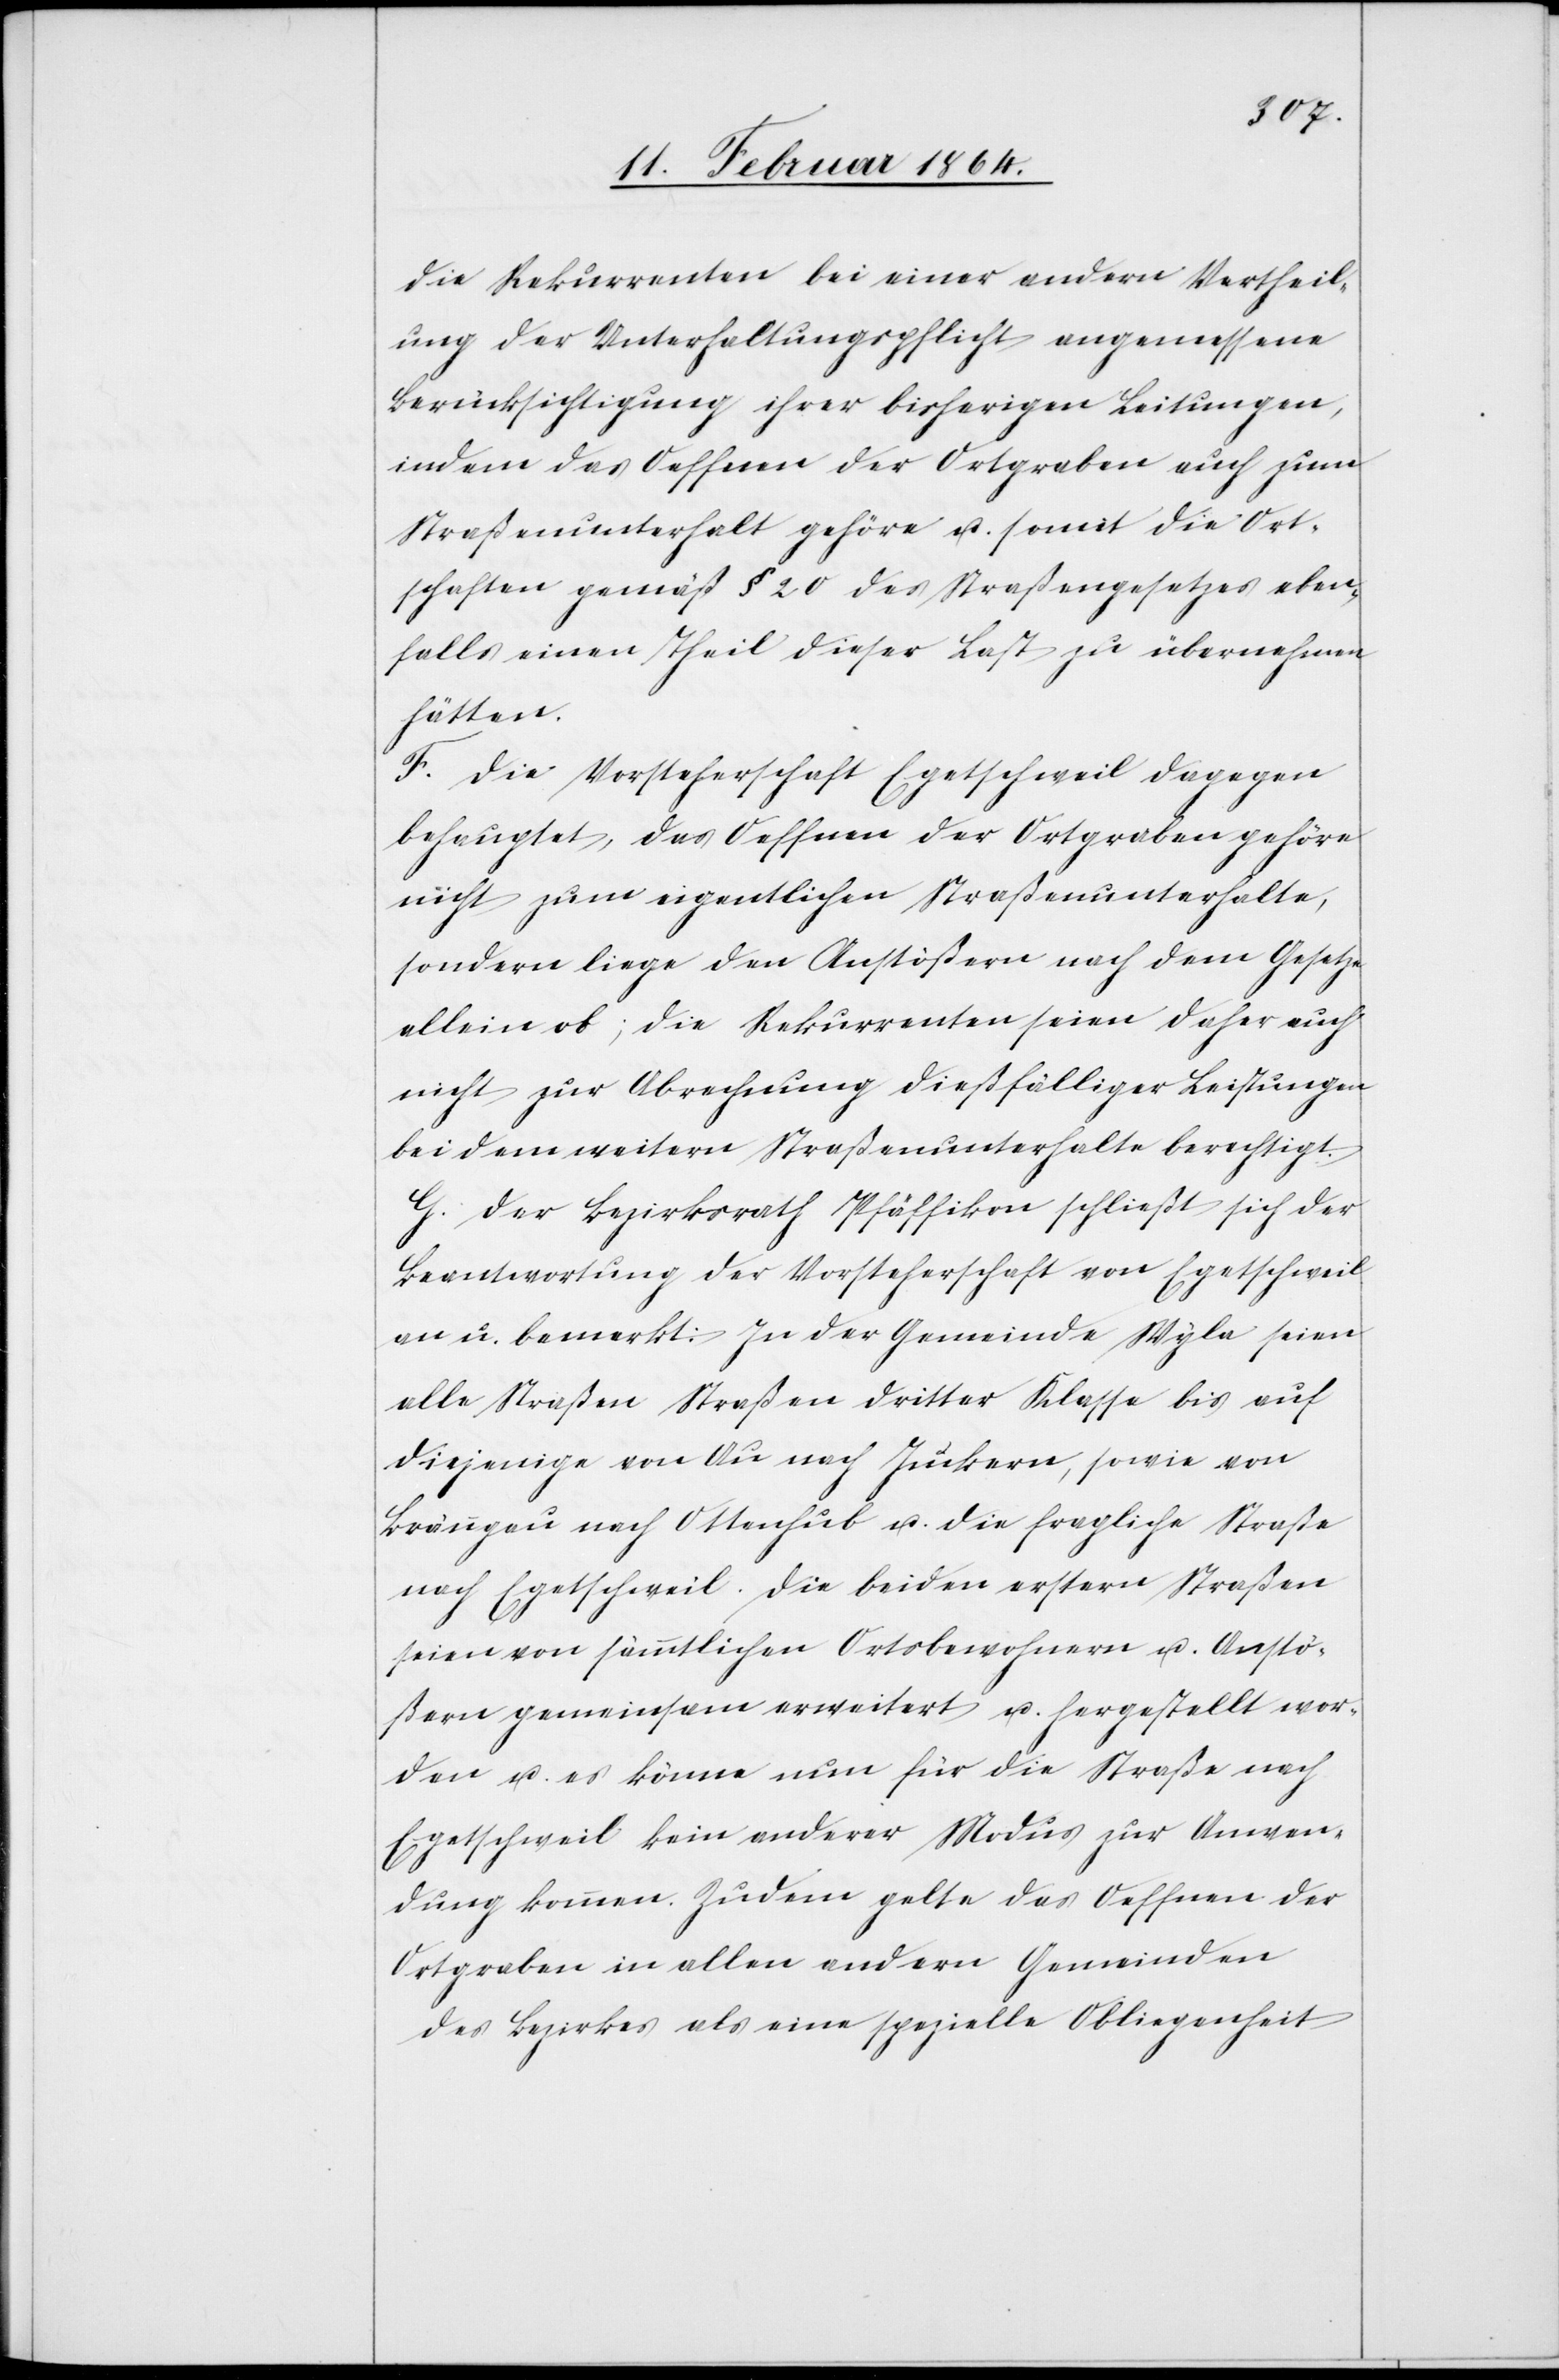
die Rekurrenten bei einer andern Vertheil¬
ung der Unterhaltungspflicht angemessene
Berücksichtigung ihrer bisherigen Leitungen,
indem das Oeffnen der Ortgraben auch zum
Straßenunterhalt gehöre u. somit die Ort¬
schaften gemäß § 20 des Straßengesetzes eben¬
falls einen Theil dieser Last zu übernehmen
hätten.
F. Die Vorsteherschaft Egetschweil dagegen
behauptet, das Oeffnen der Ortgraben gehöre
nicht zum eigentlichen Straßenunterhalte,
sondern liege den Anstößern nach dem Gesetze
allein ob; die Rekurrenten seien daher auch
nicht zur Abrechnung dießfälliger Leistungen
bei dem weitern Straßenunterhalte berechtigt.
G. Der Bezirksrath Pfäffikon schließt sich der
Beantwortung der Vorsteherschaft von Egetschweil
an u. bemerkt: In der Gemeinde Wyla seien
alle Straßen Straßen dritter Klasse bis auf
diejenige von Au nach Juckern, sowie von
Bränggen nach Ottenhub u. die fragliche Straße
nach Egetschweil. Die beiden erstern Straßen
seien von sämmtlichen Ortsbewohnern u. Anstö¬
ßern gemeinsam erweitert u. hergestellt wor¬
den u. es könne nun für die Straße nach
Egetschweil kein anderer Modus zur Anwen¬
dung kommen. Zudem gelte das Oeffnen der
Ortgraben in allen andern Gemeinden
des Bezirkes als eine spezielle Obliegenheit